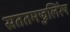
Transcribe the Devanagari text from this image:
सततमज्जलिरेष